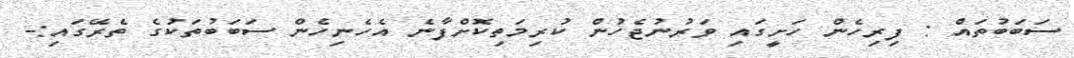
ސަބަބުތައް : ފިރިހެން ހަށީގައި ވަރުނުޖެހުން ކުރިމަތިކޮށްފާނެ އެހެނިހެން ސަބަބުތަކުގެ ތެރޭގައި:-